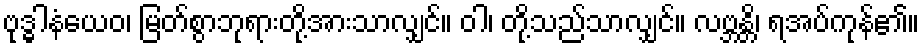
ဗုဒ္ဓါနံယေဝ၊ မြတ်စွာဘုရားတို့အားသာလျှင်။ ဝါ၊ တို့သည်သာလျှင်။ လဗ္ဘန္တိ၊ ရအပ်ကုန်၏။